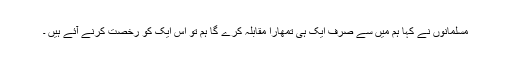
مسلمانوں نے کہا ہم میں سے صرف ایک ہی تمھارا مقابلہ کرے گا ہم تو اس ایک کو رخصت کرنے آئے ہیں ۔